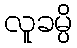
လူခမ္ပိ